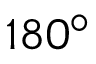
1 8 0 ^ { \circ }